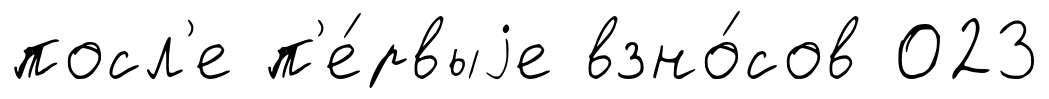
посл'е п'е́рвыjе взно́сов 023